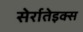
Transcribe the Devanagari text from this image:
सेर्रातेइक्स